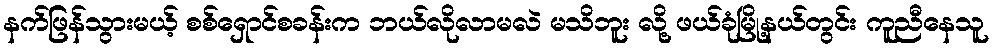
နက်ဖြန်သွားမယ့် စစ်ရှောင်စခန်းက ဘယ်လိုလာမလဲ မသိဘူး လို့ ဖယ်ခုံမြို့နယ်တွင်း ကူညီနေသူ